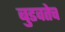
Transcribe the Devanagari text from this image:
बुडवतेच